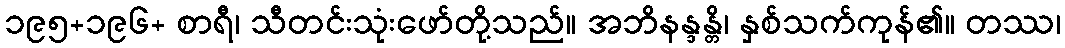
၁၉၅+၁၉၆+ စာရီ၊ သီတင်းသုံးဖော်တို့သည်။ အဘိနန္ဒန္တိ၊ နှစ်သက်ကုန်၏။ တဿ၊